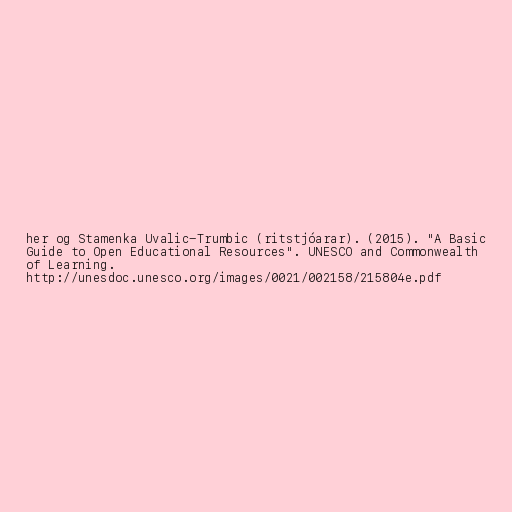
her og Stamenka Uvalic-Trumbic (ritstjóarar). (2015). "A Basic
Guide to Open Educational Resources". UNESCO and Commonwealth
of Learning.
http://unesdoc.unesco.org/images/0021/002158/215804e.pdf